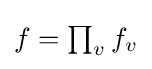
\textstyle f=\prod _{v}f_{v}